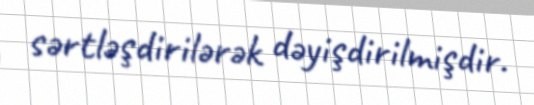
sərtləşdirilərək dəyişdirilmişdir.